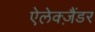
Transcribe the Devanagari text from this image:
ऐलेक्ज़ैंडर